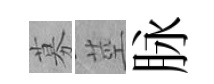
募莖脉